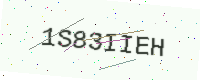
Text: 1S83IIEH